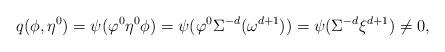
LaTeX: \begin{align*} q(\phi, \eta^0)=\psi(\varphi^0\eta^0\phi)=\psi(\varphi^0\Sigma^{-d}(\omega^{d+1}))=\psi(\Sigma^{-d}\xi^{d+1})\neq 0,\end{align*}